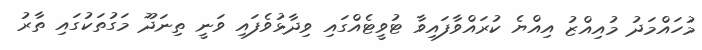
މުހައްމަދު މުއިއްޒު އިއްޔެ ކުރައްވާފައިވާ ޓުވީޓެއްގައި ވިދާޅުވެފައި ވަނީ ތިނަދޫ މަގުތަކުގައި ތާރު